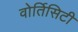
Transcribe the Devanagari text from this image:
वोर्तिसिटी